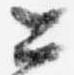
公